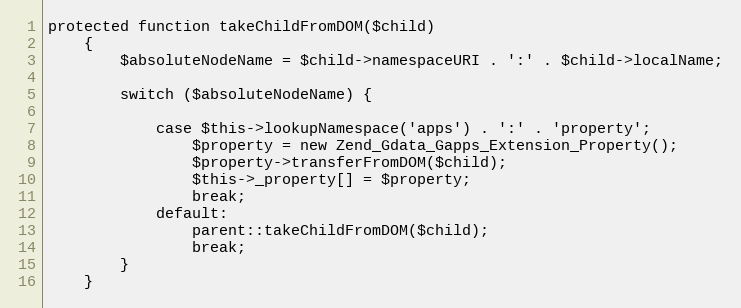
Language: PHP
protected function takeChildFromDOM($child)
    {
        $absoluteNodeName = $child->namespaceURI . ':' . $child->localName;

        switch ($absoluteNodeName) {

            case $this->lookupNamespace('apps') . ':' . 'property';
                $property = new Zend_Gdata_Gapps_Extension_Property();
                $property->transferFromDOM($child);
                $this->_property[] = $property;
                break;
            default:
                parent::takeChildFromDOM($child);
                break;
        }
    }